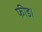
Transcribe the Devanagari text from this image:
फीड।